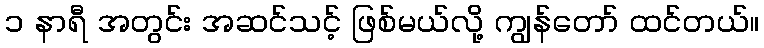
၁ နာရီ အတွင်း အဆင်သင့် ဖြစ်မယ်လို့ ကျွန်တော် ထင်တယ်။